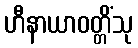
ဟီနာယာဝတ္တိံသု